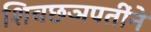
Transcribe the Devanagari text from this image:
शिवछञपतींने